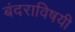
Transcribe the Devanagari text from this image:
बंदराविषयी